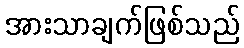
အားသာချက်ဖြစ်သည်